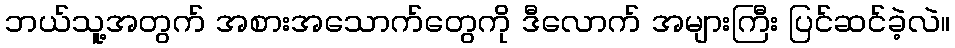
ဘယ်သူ့အတွက် အစားအသောက်တွေကို ဒီလောက် အများကြီး ပြင်ဆင်ခဲ့လဲ။